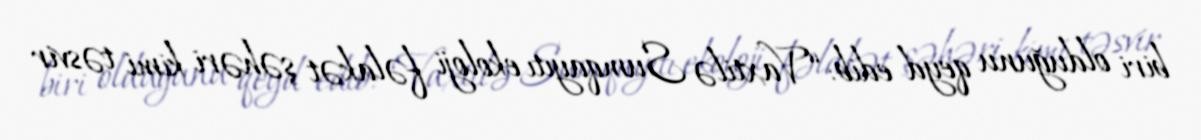
biri olduğunu qeyd edib: “Vaxtilə Sumqayıtı ekoloji fəlakət şəhəri kimi təsvir